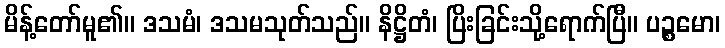
မိန့်တော်မူ၏။ ဒသမံ၊ ဒသမသုတ်သည်။ နိဋ္ဌိတံ၊ ပြိးခြင်းသို့ရောက်ပြီ။ ပဉ္စမော၊